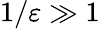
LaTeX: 1/\varepsilon\gg 1